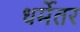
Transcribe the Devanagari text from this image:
धर्मेतर